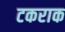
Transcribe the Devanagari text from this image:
टकराक